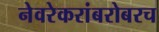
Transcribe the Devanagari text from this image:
नेवरेकरांबरोबरच